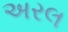
અરલ